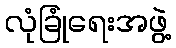
လုံခြုံရေးအဖွဲ့